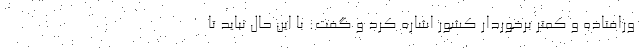
ورافتاده و کمتر برخوردار کشور اشاره کرد و گفت: با این حال نباید تا